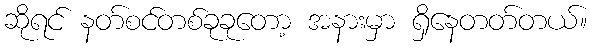
ဆိုရင် နတ်စင်တစ်ခုခုတော့ အနားမှာ ရှိနေတတ်တယ်။